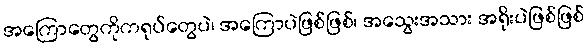
အကြောတွေကိုကရုပ်တွေပဲ၊ အကြောပဲဖြစ်ဖြစ်၊ အသွေးအသား အရိုးပဲဖြစ်ဖြစ်